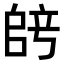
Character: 𫡞